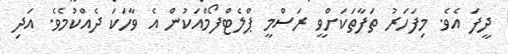
ދީފަ އެވެ. މިފަހަރު ތަފާތަކަށްވީ ރަސްމީ ޕްލެޓްފޯމްއަކުން އެ ވާހަކަ ދެއްކުމެވެ. އަދި